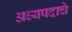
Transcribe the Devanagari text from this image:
अध्यपदाचे